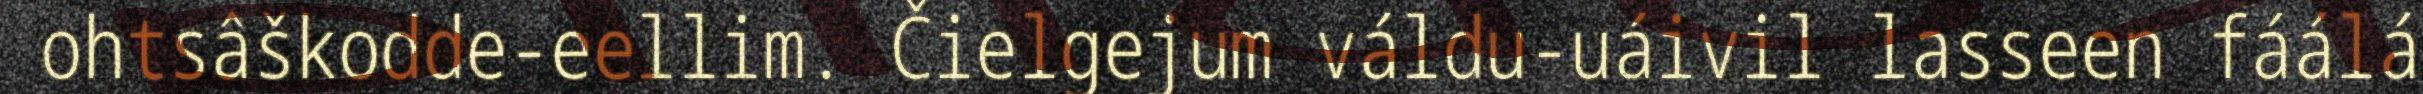
ohtsâškodde-eellim. Čielgejum váldu-uáivil lasseen fáálá